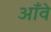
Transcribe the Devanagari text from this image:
आँवे